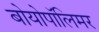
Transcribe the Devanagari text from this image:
बोयोपॉलिमर